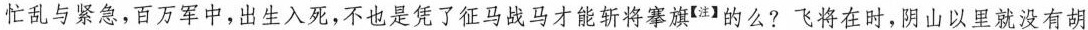
忙乱与紧急，百万军中,出生入死,不也是凭了征马战马才能斩将察旗^{【注】}的么?飞将在时，阴山以里就没有胡